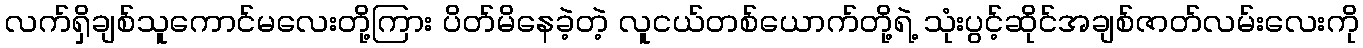
လက်ရှိချစ်သူကောင်မလေးတို့ကြား ပိတ်မိနေခဲ့တဲ့ လူငယ်တစ်ယောက်တို့ရဲ့ သုံးပွင့်ဆိုင်အချစ်ဇာတ်လမ်းလေးကို